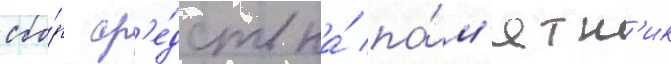
сбо́р ср'е́дств на́ па́м'ятн'ик